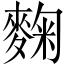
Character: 麴